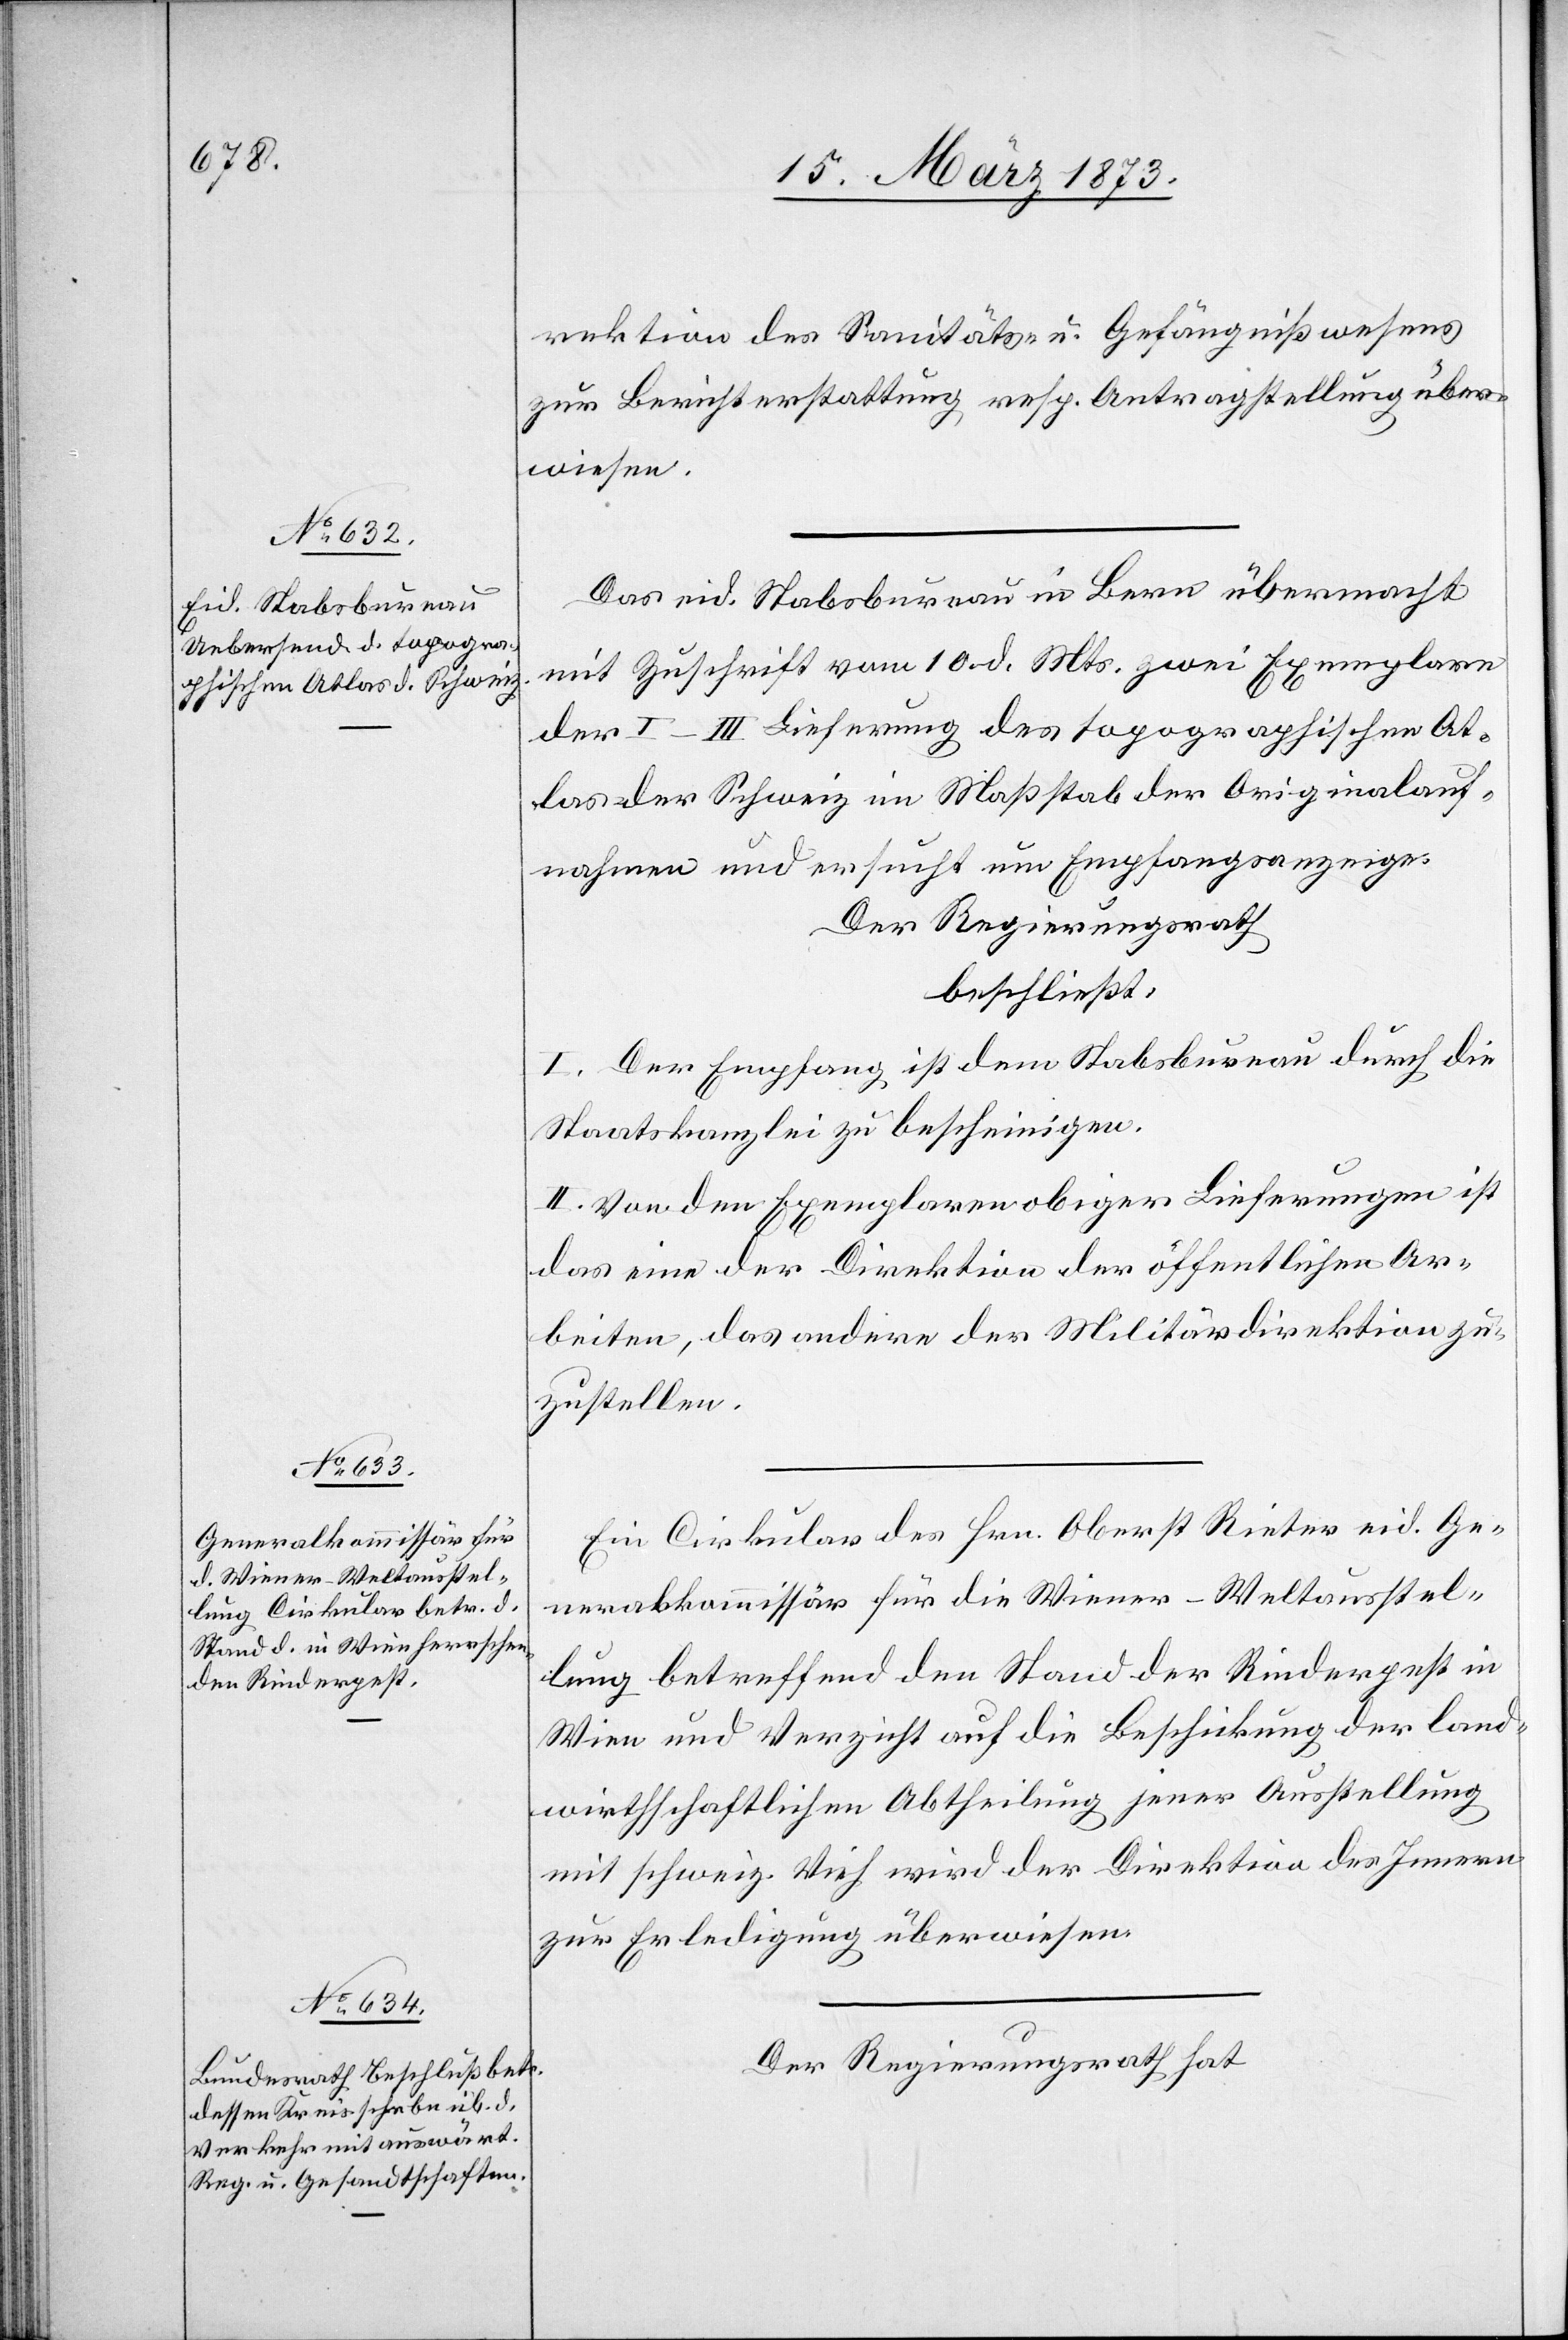
rektion des Sanitäts- u. Gefängnißwesens
zur Berichterstattung resp. Antragstellung über¬
wiesen.
Das eid. Stabsbureau in Bern übermacht
mit Zuschrift vom 10. d. Mts. zwei Exemplare
der I–III Lieferung des topographischen At¬
las der Schweiz im Maßstab der Originalauf¬
nahmen und ersucht um Empfangsanzeige.
Der Regierungsrath
beschließt:
I. Der Empfang ist dem Stabsbureau durch die
Staatskanzlei zu bescheinigen.
II. Von den Exemplaren obiger Lieferungen ist
das eine der Direktion der öffentlichen Ar¬
beiten, das andere der Militärdirektion zu¬
zustellen.
Ein Cirkular des Hrn. Oberst Rieter eid. Ge¬
neralkommissär für die Wiener-Weltausstel¬
lung betreffend den Stand der Rinderpest in
Wien und Verzicht auf die Beschickung der land¬
wirthschaftlichen Abtheilung jener Ausstellung
mit schweiz. Vieh wird der Direktion des Innern
zur Erledigung überwiesen.
Der Regierungsrath hat